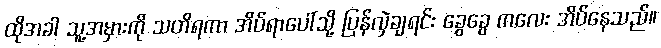
ထိုအခါ သူ့အမှားကို သတိရကာ အိပ်ရာပေါ်သို့ ပြန်လှဲချရင်း ခွေခွေ ကလေး အိပ်နေသည်။